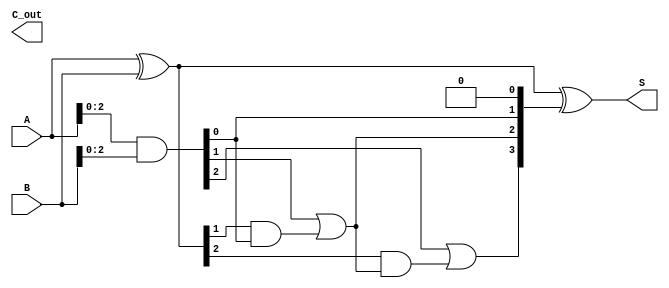
module ParallelPrefixAdder #(
    parameter N = 4  // Bit width; can be adjusted for larger sizes
) (
    input  [N-1:0] A,      // First operand
    input  [N-1:0] B,      // Second operand
    output [N-1:0] S,      // Sum output
    output        C_out     // Carry out
);

    // Generate and Propagate signals
    wire [N-1:0] G;  // Generate
    wire [N-1:0] P;  // Propagate
    wire [N:0] C;     // Carry bits

    // Generate and Propagate computation
    assign G = A & B;      // Generate
    assign P = A ^ B;      // Propagate
    assign C[0] = 0;       // Initial carry

    // Carry generation using Kogge-Stone prefix logic
    genvar i, j;
    
    // Level 1
    for (i = 0; i < N-1; i = i + 1) begin
        assign C[i+1] = G[i] | (P[i] & C[i]);
    end

    // Final sum calculation
    assign S = P ^ C[N-1:0]; // S[i] = P[i] ^ C[i-1]
    
    // Final carry out
    assign C_out = C[N];

endmodule